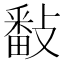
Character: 𢿥